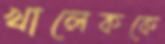
খালেককে